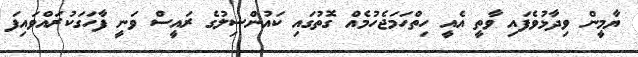
ޔާމީން ވިދާޅުވެފައި ވާތީ އެއީ ހިތްހަމަޖެހުމެއް ގޮތުގައި ކައުންސިލުގެ ރައީސް ވަނީ ފާހަގަކުރައްވައިފަ